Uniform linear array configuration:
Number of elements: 64
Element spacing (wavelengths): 0.25
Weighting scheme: cosine
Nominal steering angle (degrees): -60
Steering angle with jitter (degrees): -59.101
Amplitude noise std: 0.05
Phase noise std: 0.05

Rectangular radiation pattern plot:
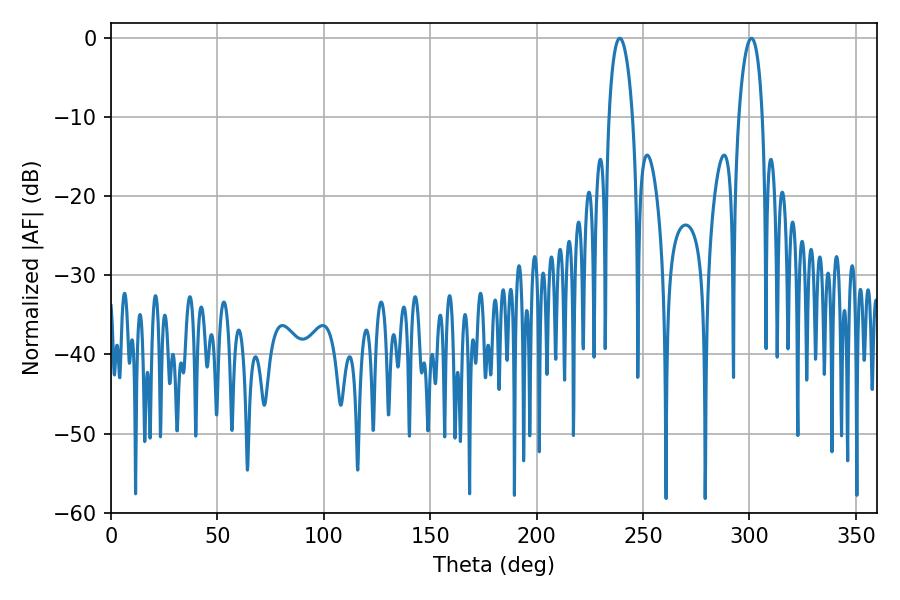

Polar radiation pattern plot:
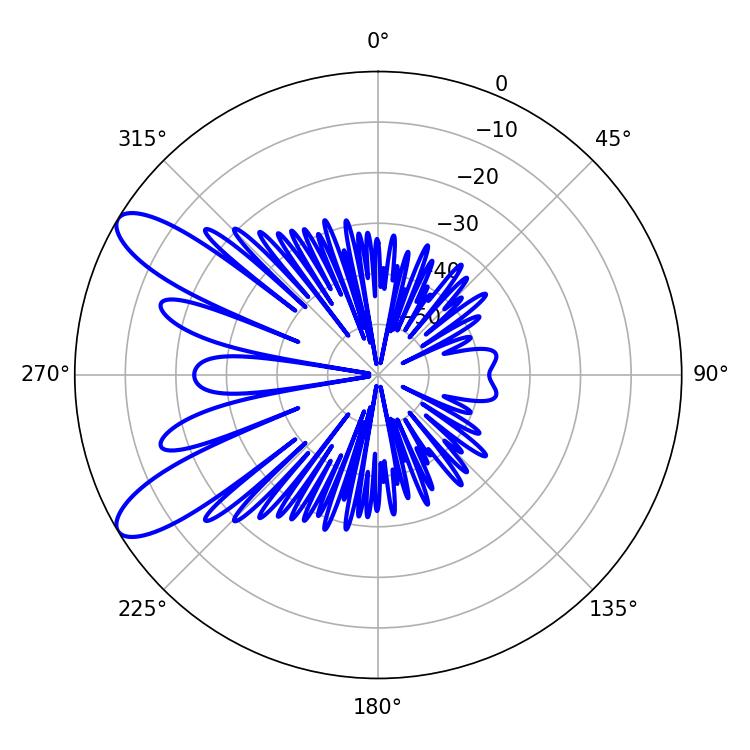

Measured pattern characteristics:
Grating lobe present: FALSE
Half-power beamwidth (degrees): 6.48
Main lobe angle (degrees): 239.04